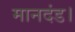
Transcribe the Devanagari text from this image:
मानदंड।